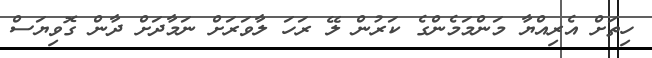
ހިތަށް އެރިއްޔާ މަންމަމެންގެ ކަރުން ލޭ ރަހަ ލާވަރަށް ނަމާދަށް ދާން ގޮވިޔަސް